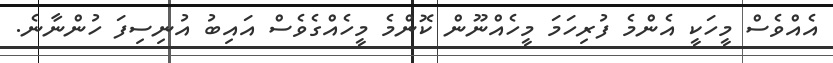
އެއްވެސް މީހަކީ އެންމެ ފުރިހަމަ މީހެއްނޫން ކޮންމެ މީހެއްގެވެސް އައިބު އުނިސިފަ ހުންނާނެ.